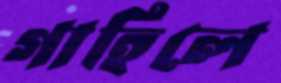
গাহিলে